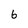
Character: 6